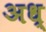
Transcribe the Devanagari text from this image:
अध्